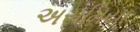
અસમિયા